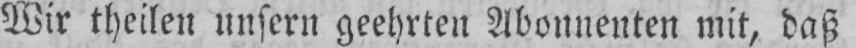
Wir theilen unsern geehrten Abonnenten mit, daß